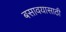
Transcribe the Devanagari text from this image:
बसावयासाठी